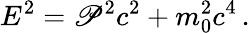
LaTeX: E^{2}=\mathscr{P}^{2}c^{2}+m_{0}^{2}c^{4}\, .